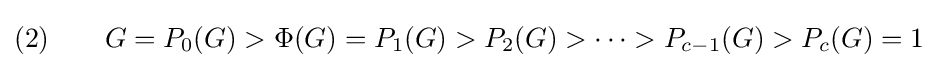
(2)\qquad G=P_{0}(G)>\Phi (G)=P_{1}(G)>P_{2}(G)>\cdots >P_{c-1}(G)>P_{c}(G)=1